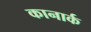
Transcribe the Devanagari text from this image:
कानार्क